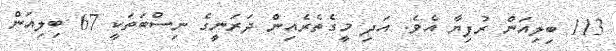
113 ބިލިއަން ރުފިޔާ އެވެ. އަދި މީގެތެރެއިން ދަރަނީގެ ނިސްބަތަކީ 67 ބިލިއަން